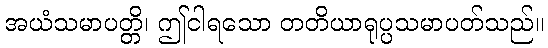
အယံသမာပတ္တိ၊ ဤငါရသော တတိယာရုပ္ပသမာပတ်သည်။